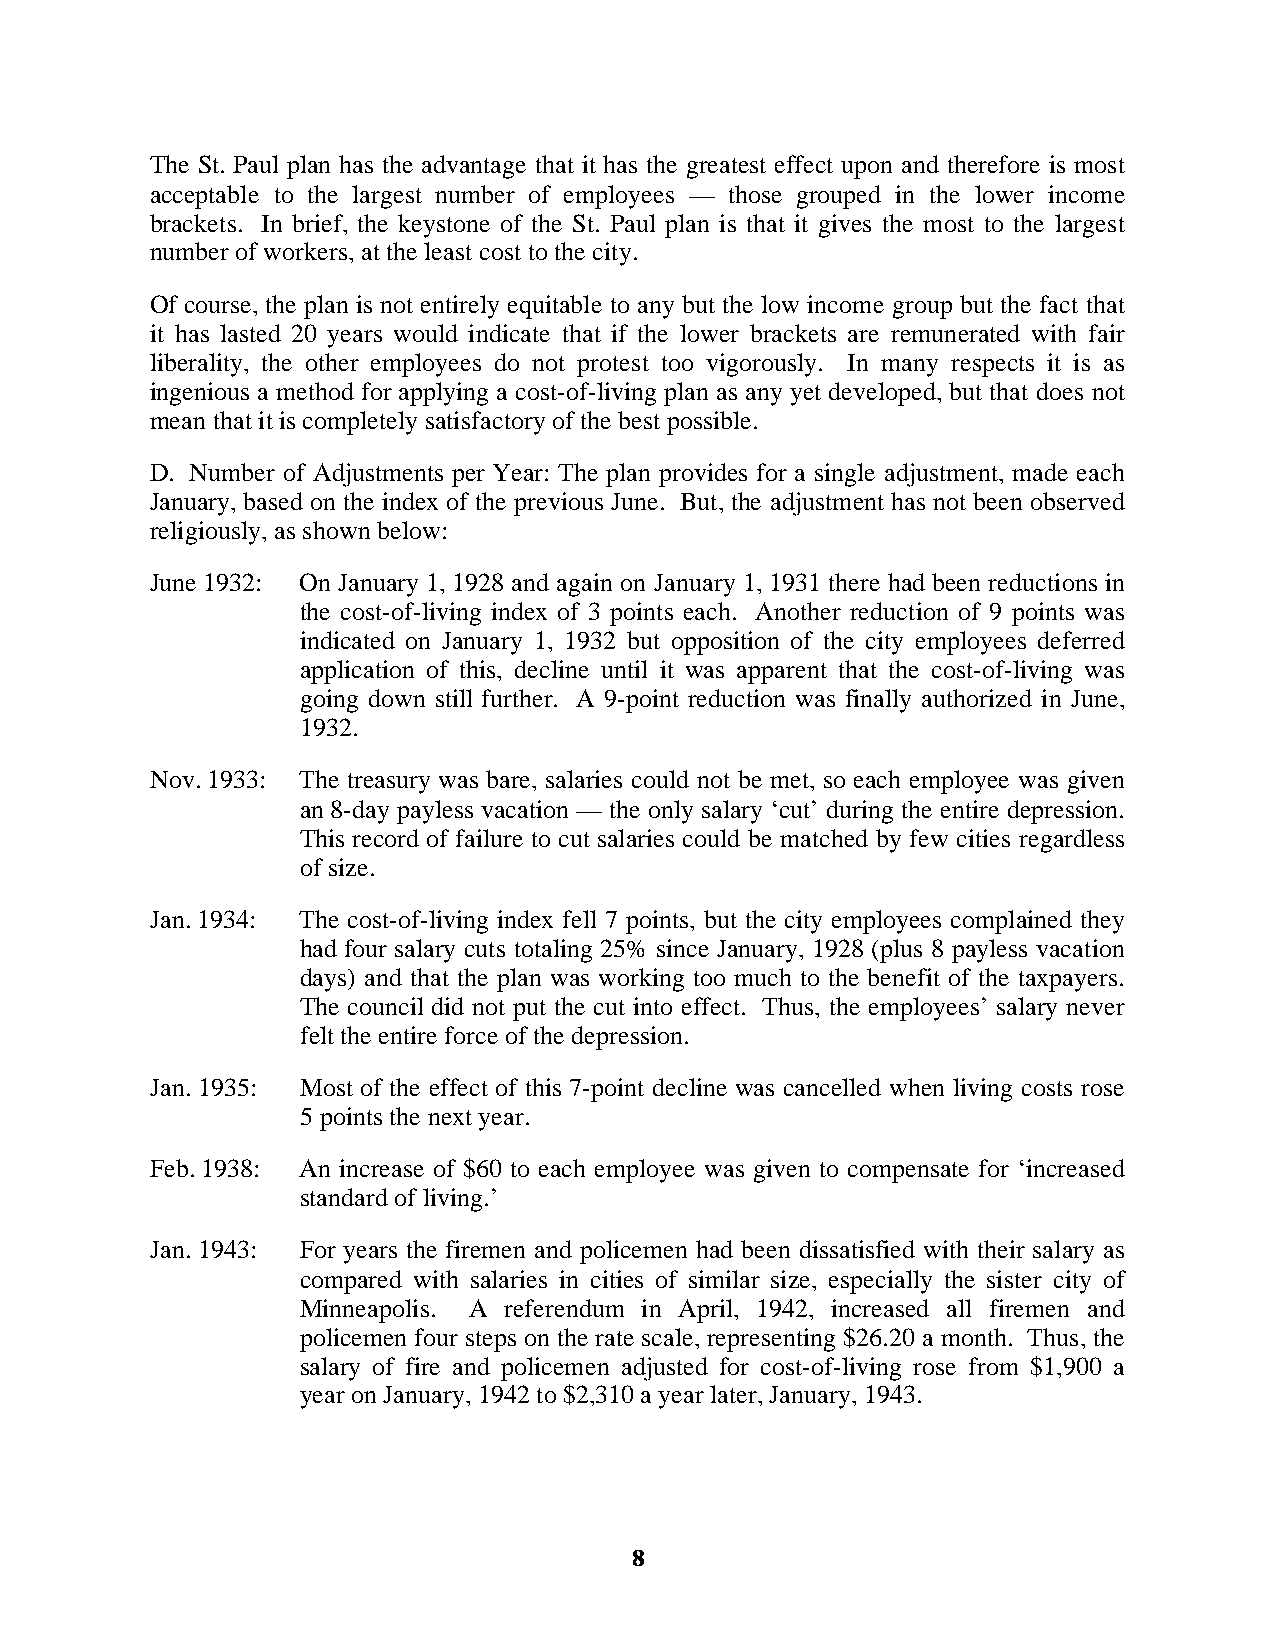
The St. Paul plan has the advantage that it has the greatest effect upon and therefore is most
 acceptable to the largest number of employees — those grouped in the lower income
 brackets. In brief, the keystone of the St. Paul plan is that it gives the most to the largest
 number of workers, at the least cost to the city.
 Of course, the plan is not entirely equitable to any but the low income group but the fact that
 it has lasted 20 years would indicate that if the lower brackets are remunerated with fair
 liberality, the other employees do not protest too vigorously. In many respects it is as
 ingenious a method for applying a cost-of-living plan as any yet developed, but that does not
 mean that it is completely satisfactory of the best possible.
 D. Number of Adjustments per Year: The plan provides for a single adjustment, made each
 January, based on the index of the previous June. But, the adjustment has not been observed
 religiously, as shown below:
 June 1932: On January 1, 1928 and again on January 1, 1931 there had been reductions in
 the cost-of-living index of 3 points each. Another reduction of 9 points was
 indicated on January 1, 1932 but opposition of the city employees deferred
 application of this, decline until it was apparent that the cost-of-living was
 going down still further. A 9-point reduction was finally authorized in June,
 1932.
 Nov. 1933: The treasury was bare, salaries could not be met, so each employee was given
 an 8-day payless vacation — the only salary ‘cut’ during the entire depression.
 This record of failure to cut salaries could be matched by few cities regardless
 of size.
 Jan. 1934: The cost-of-living index fell 7 points, but the city employees complained they
 had four salary cuts totaling 25% since January, 1928 (plus 8 payless vacation
 days) and that the plan was working too much to the benefit of the taxpayers.
 The council did not put the cut into effect. Thus, the employees’ salary never
 felt the entire force of the depression.
 Jan. 1935: Most of the effect of this 7-point decline was cancelled when living costs rose
 5 points the next year.
 Feb. 1938: An increase of $60 to each employee was given to compensate for ‘increased
 standard of living.’
 Jan. 1943: For years the firemen and policemen had been dissatisfied with their salary as
 compared with salaries in cities of similar size, especially the sister city of
 Minneapolis. A referendum in April, 1942, increased all firemen and
 policemen four steps on the rate scale, representing $26.20 a month. Thus, the
 salary of fire and policemen adjusted for cost-of-living rose from $1,900 a
 year on January, 1942 to $2,310 a year later, January, 1943.
 8